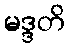
မဒ္ဒတိ